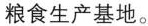
粮食生产基地。